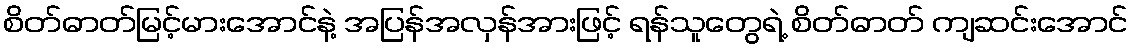
စိတ်ဓာတ်မြင့်မားအောင်နဲ့ အပြန်အလှန်အားဖြင့် ရန်သူတွေရဲ့ စိတ်ဓာတ် ကျဆင်းအောင်